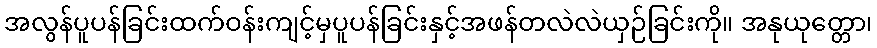
အလွန်ပူပန်ခြင်းထက်ဝန်းကျင့်မှပူပန်ခြင်းနှင့်အဖန်တလဲလဲယှဉ်ခြင်းကို။ အနုယုတ္တော၊